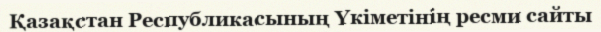
Қазақстан Республикасының Үкіметінің ресми сайты